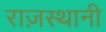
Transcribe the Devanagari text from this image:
राज़स्थानी